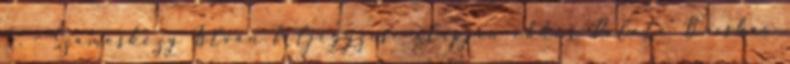
5. – Szamosközy István feljegyzése alapján ekkor Palota Bocskai